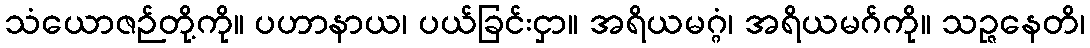
သံယောဇဉ်တို့ကို။ ပဟာနာယ၊ ပယ်ခြင်းငှာ။ အရိယမဂ္ဂံ၊ အရိယမဂ်ကို။ သဉ္ဇနေတိ၊